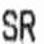
SR